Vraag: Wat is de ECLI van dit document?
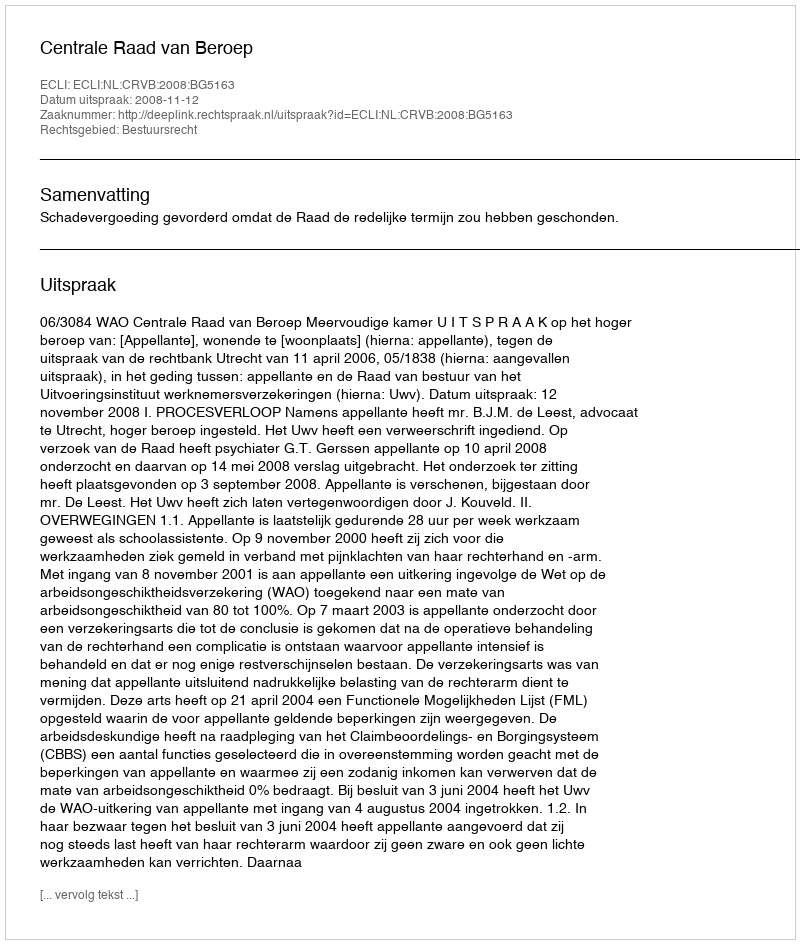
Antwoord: ECLI:NL:CRVB:2008:BG5163